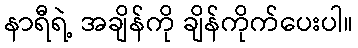
နာရီရဲ့ အချိန်ကို ချိန်ကိုက်ပေးပါ။